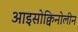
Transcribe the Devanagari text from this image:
आइसोक्विनोलीन